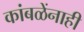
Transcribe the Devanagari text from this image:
कांबळेंनाही